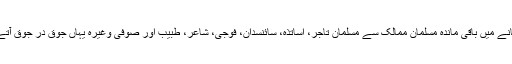
اس زمانے میں باقی ماندہ مسلمان ممالک سے مسلمان تاجر، اساتذہ، سائنسدان، فوجی، شاعر، طبیب اور صوفی وغیرہ یہاں جوق در جوق آتے رہے۔